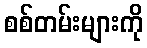
စစ်တမ်းများကို